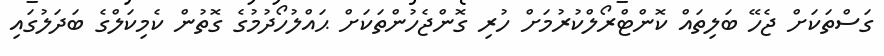
ގަސްތަކަށް ޖެހޭ ބަލިތައް ކޮންޓްރޯލްކުރުމަށް ހުރި ގޮންޖެހުންތަކަށް ޙައްލުހޯދުމުގެ ގޮތުން ކެމިކަލްގެ ބަދަލުގައި